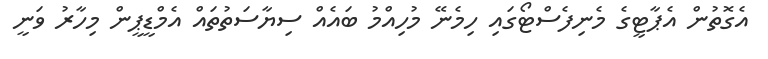
އެގޮތުން އެޕާޓީގެ މެނިފެސްޓޯގައި ހިމެނޭ މުހިއްމު ބައެއް ސިޔާސަތުތައް އެމްޑީޕީން މިހާރު ވަނީ